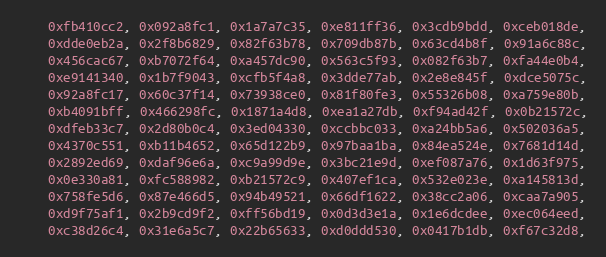
Language: C++
    0xfb410cc2, 0x092a8fc1, 0x1a7a7c35, 0xe811ff36, 0x3cdb9bdd, 0xceb018de,
    0xdde0eb2a, 0x2f8b6829, 0x82f63b78, 0x709db87b, 0x63cd4b8f, 0x91a6c88c,
    0x456cac67, 0xb7072f64, 0xa457dc90, 0x563c5f93, 0x082f63b7, 0xfa44e0b4,
    0xe9141340, 0x1b7f9043, 0xcfb5f4a8, 0x3dde77ab, 0x2e8e845f, 0xdce5075c,
    0x92a8fc17, 0x60c37f14, 0x73938ce0, 0x81f80fe3, 0x55326b08, 0xa759e80b,
    0xb4091bff, 0x466298fc, 0x1871a4d8, 0xea1a27db, 0xf94ad42f, 0x0b21572c,
    0xdfeb33c7, 0x2d80b0c4, 0x3ed04330, 0xccbbc033, 0xa24bb5a6, 0x502036a5,
    0x4370c551, 0xb11b4652, 0x65d122b9, 0x97baa1ba, 0x84ea524e, 0x7681d14d,
    0x2892ed69, 0xdaf96e6a, 0xc9a99d9e, 0x3bc21e9d, 0xef087a76, 0x1d63f975,
    0x0e330a81, 0xfc588982, 0xb21572c9, 0x407ef1ca, 0x532e023e, 0xa145813d,
    0x758fe5d6, 0x87e466d5, 0x94b49521, 0x66df1622, 0x38cc2a06, 0xcaa7a905,
    0xd9f75af1, 0x2b9cd9f2, 0xff56bd19, 0x0d3d3e1a, 0x1e6dcdee, 0xec064eed,
    0xc38d26c4, 0x31e6a5c7, 0x22b65633, 0xd0ddd530, 0x0417b1db, 0xf67c32d8,